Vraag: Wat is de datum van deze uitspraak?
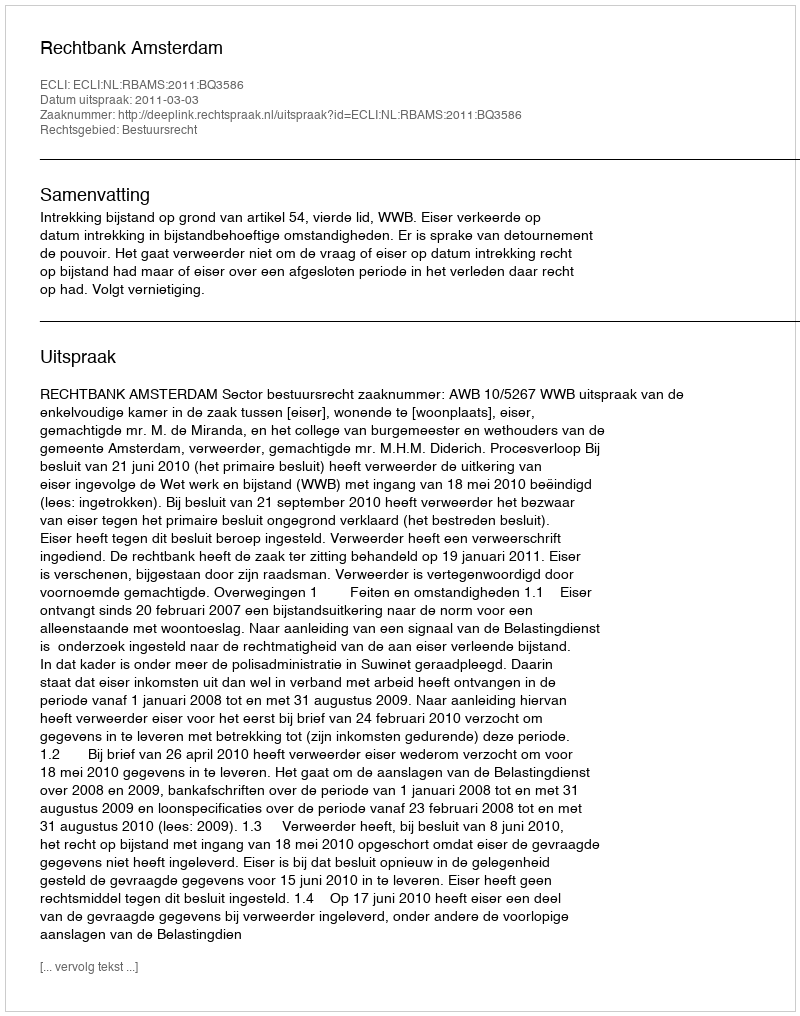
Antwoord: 2011-03-03